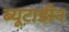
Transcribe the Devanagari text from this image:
ब्यूटाडीन